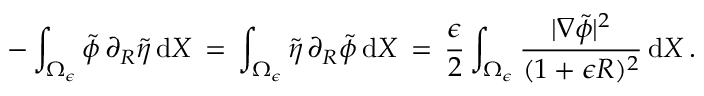
- \int _ { \Omega _ { \epsilon } } \tilde { \phi } \, \partial _ { R } \tilde { \eta } \, \mathrm { d } X \, = \, \int _ { \Omega _ { \epsilon } } \tilde { \eta } \, \partial _ { R } \tilde { \phi } \, \mathrm { d } X \, = \, \frac { \epsilon } { 2 } \int _ { \Omega _ { \epsilon } } \frac { | \nabla \tilde { \phi } | ^ { 2 } } { ( 1 + \epsilon R ) ^ { 2 } } \, \mathrm { d } X \, .